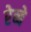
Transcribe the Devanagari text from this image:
रेब्बे